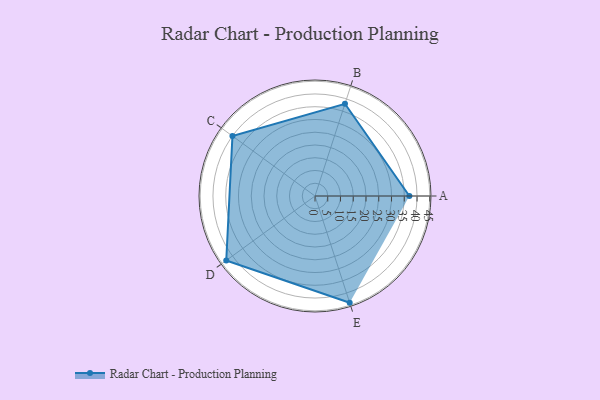
{"axis": {"x": "Skill", "y": "Score"}, "legend": ["Profile"], "data": [{"x": "A", "y": 37.0, "type": "Profile"}, {"x": "B", "y": 38.0, "type": "Profile"}, {"x": "C", "y": 40.0, "type": "Profile"}, {"x": "D", "y": 43.0, "type": "Profile"}, {"x": "E", "y": 44.0, "type": "Profile"}]}